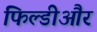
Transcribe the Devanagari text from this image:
फिल्डीऔर